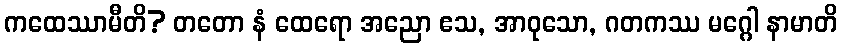
ကထေဿာမီတိ? တတော နံ ထေရော အညော ဧသ, အာဝုသော, ဂတကဿ မဂ္ဂေါ နာမာတိ